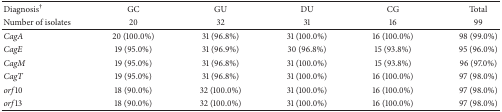
<table><thead><tr><td><b>Diagnosis<sup>†</sup></b></td><td><b>GC</b></td><td><b>GU</b></td><td><b>DU</b></td><td><b>CG</b></td><td><b>Total</b></td></tr><tr><td><b>Number of isolates</b></td><td><b>20</b></td><td><b>32</b></td><td><b>31</b></td><td><b>16</b></td><td><b>99</b></td></tr></thead><tbody><tr><td><i>CagA </i></td><td>20 (100.0%)</td><td>31 (96.8%)</td><td>31 (100.0%)</td><td>16 (100.0%)</td><td>98 (99.0%)</td></tr><tr><td><i>CagE </i></td><td>19 (95.0%)</td><td>31 (96.9%)</td><td>30 (96.8%)</td><td>15 (93.8%)</td><td>95 (96.0%)</td></tr><tr><td><i>CagM </i></td><td>19 (95.0%)</td><td>31 (96.8%)</td><td>31 (100.0%)</td><td>15 (93.8%)</td><td>96 (97.0%)</td></tr><tr><td><i>CagT </i></td><td>19 (95.0%)</td><td>31 (96.8%)</td><td>31 (100.0%)</td><td>16 (100.0%)</td><td>97 (98.0%)</td></tr><tr><td><i>orf</i>10</td><td>18 (90.0%)</td><td>32 (100.0%)</td><td>31 (100.0%)</td><td>16 (100.0%)</td><td>97 (98.0%)</td></tr><tr><td><i>orf</i>13</td><td>18 (90.0%)</td><td>32 (100.0%)</td><td>31 (100.0%)</td><td>16 (100.0%)</td><td>97 (98.0%)</td></tr></tbody></table>